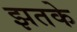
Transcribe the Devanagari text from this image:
झतके